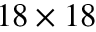
1 8 \times 1 8